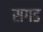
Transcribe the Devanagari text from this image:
सगड